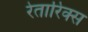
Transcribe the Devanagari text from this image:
रेतारिक्स